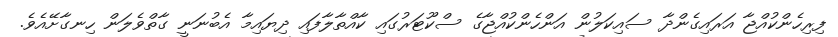
ފިރިހެންކުއްޖާ އަރައިގެންދާ ސައިކަލުން އަންހެންކުއްޖާގެ ސްކޫޓަރުގައި ކާއްތާލާފައި ދިޔައިމާ އެބުނަނީ ގާތްވެލަން ހިނގާށޭއެވެ.